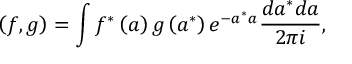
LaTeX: \left( f , g \right) = \int f ^ { \ast } \left( a \right) g \left( a ^ { \ast } \right) e ^ { - a ^ { \ast } a } \frac { d a ^ { \ast } d a } { 2 \pi i } ,